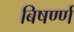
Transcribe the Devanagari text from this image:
बिषर्ण्ण